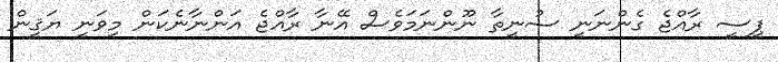
ޕީސީ ރާއްޖެ ގެންނަނީ ސުނީތާ ނޫންނަމަވެސް އޭނާ ރާއްޖެ އަންނާނެކަން މިވަނީ ޔަޤީން